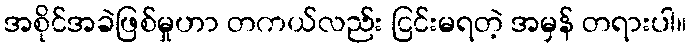
အစိုင်အခဲဖြစ်မှုဟာ တကယ်လည်း ငြင်းမရတဲ့ အမှန် တရားပါ။